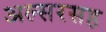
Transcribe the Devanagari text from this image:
अल्सरसह